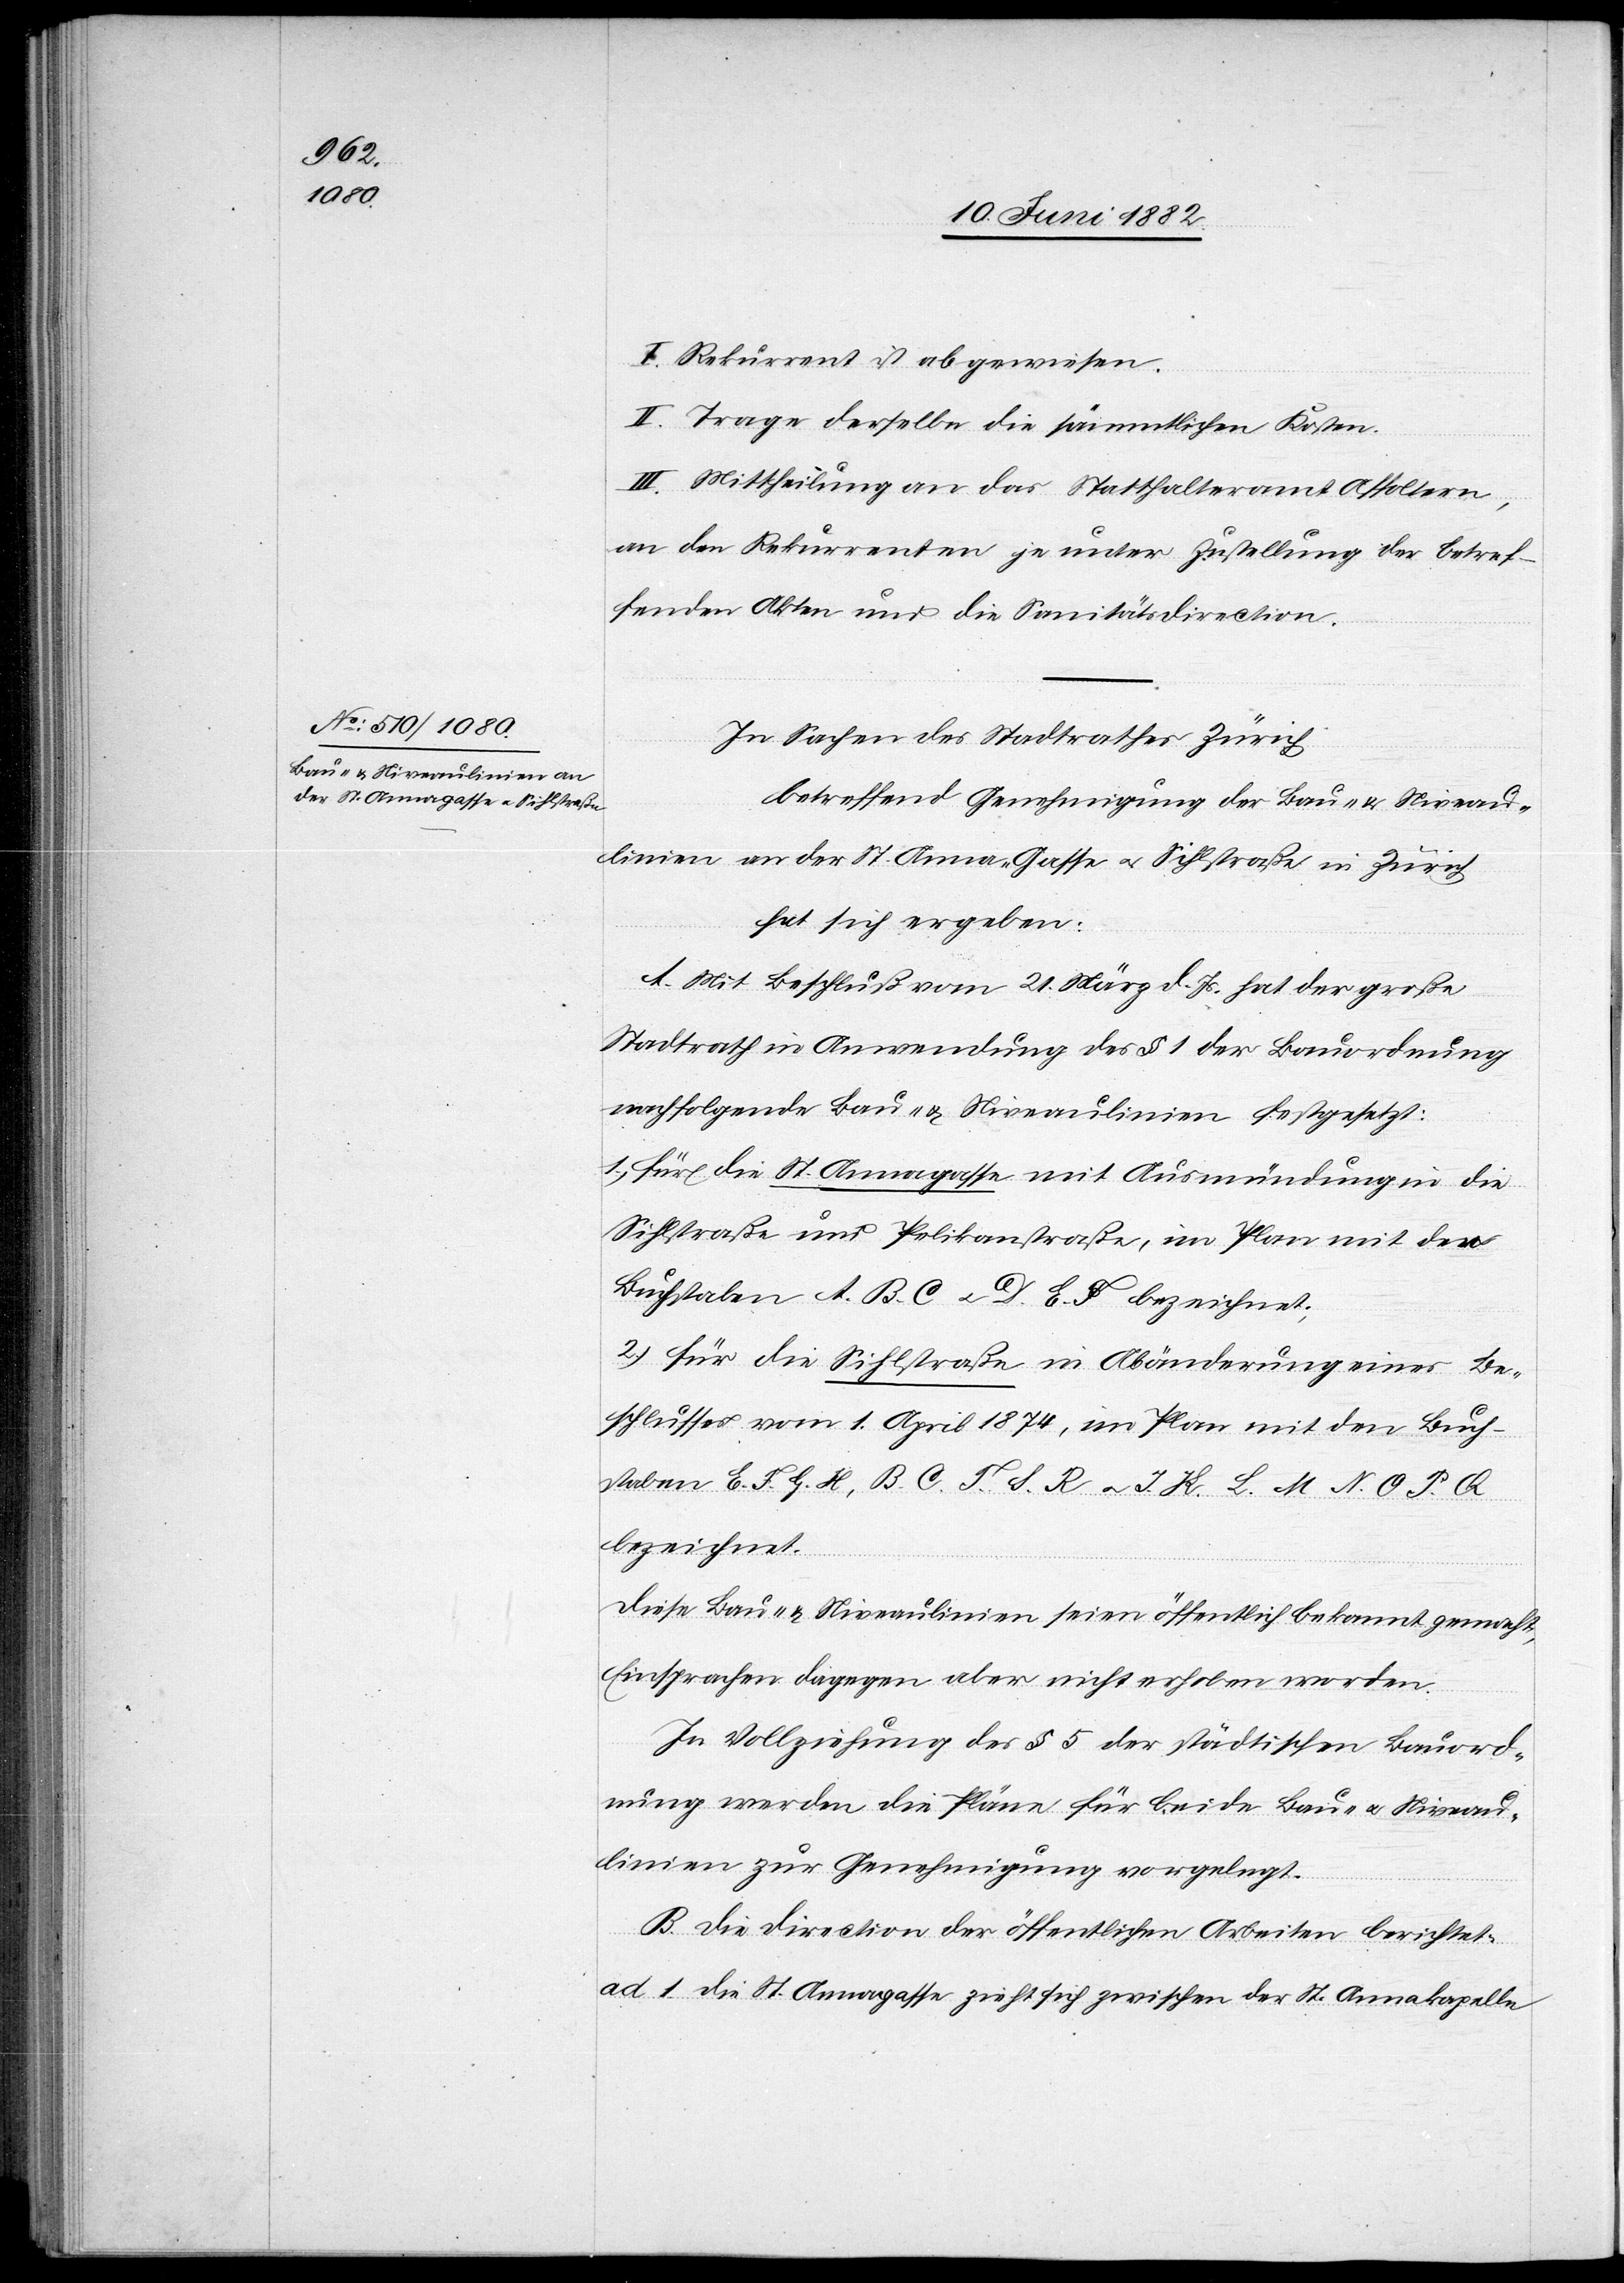
I. Rekurrent ist abgewiesen.
II. Trage derselbe die sämmtlichen Kosten.
III. Mittheilung an das Statthalteramt Affoltern,
an den Rekurrenten je unter Zustellung der betref¬
fenden Akten und die Sanitätsdirection.
In Sachen des Stadtrathes Zürich
betreffend Genehmigung der Bau- & Niveau¬
linien an der St. Anna-Gasse u. Sihlstraße in Zürich,
hat sich ergeben:
A. Mit Beschluß vom 21. März d. Js. hat der große
Stadtrath in Anwendung des § 1 der Bauordnung
nachfolgende Bau- & Niveaulinien festgesetzt:
1) für die St. Annagasse mit Ausmündung in die
Sihlstraße und Pelikanstraße, im Plan mit den
Buchstaben A. B. C. u. D. E. F. bezeichnet;
2) für die Sihlstraße in Abänderung eines Be¬
schlusses vom 1. April 1874, im Plan mit den Buch¬
staben E. F. G. H., B. C. T. S. R. u. J. K. L. M. N. O. P. Q.
bezeichnet.
Diese Bau- & Niveaulinien seien öffentlich bekannt gemacht,
Einsprachen dagegen aber nicht erhoben worden.
In Vollziehung des § 5 der städtischen Bauord¬
nung werden die Pläne für beide Bau- u. Niveau¬
linien zur Genehmigung vorgelegt.
B. Die Direction der öffentlichen Arbeiten berichtet:
ad 1. Die St. Annagasse zieht sich zwischen der St. Annakapelle